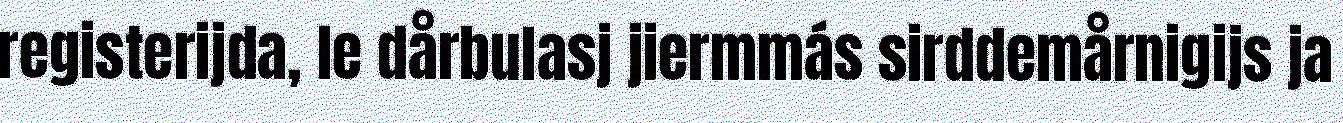
registerijda, le dårbulasj jiermmás sirddemårnigijs ja